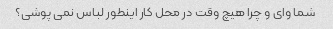
شما وای و چرا هیچ وقت در محل کار اینطور لباس نمی پوشی؟